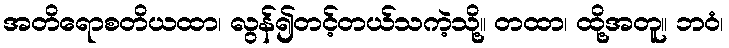
အတိရောစတိယထာ၊ လွန်၍တင့်တယ်သကဲ့သို့။ တထာ၊ ထို့အတူ။ ဘဝံ၊